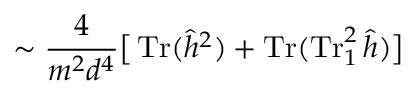
\sim \frac { 4 } { m ^ { 2 } d ^ { 4 } } \big [ \operatorname { T r } ( \hat { h } ^ { 2 } ) + \operatorname { T r } ( \operatorname { T r } _ { 1 } ^ { 2 } \hat { h } ) \big ]